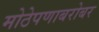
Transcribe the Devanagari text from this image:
मोठेपणाबरोबर